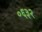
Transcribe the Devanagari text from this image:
०६३२